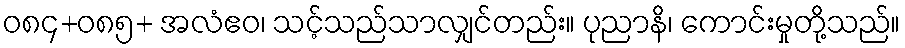
ဝ၈၄+၀၈၅+ အလံဧဝ၊ သင့်သည်သာလျှင်တည်း။ ပုညာနိ၊ ကောင်းမှုတို့သည်။